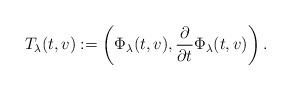
\begin{align*} T_\lambda(t,v) := \left( \Phi_\lambda(t,v), \frac \partial{\partial t} \Phi_\lambda(t,v) \right).\end{align*}